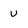
Character: U